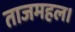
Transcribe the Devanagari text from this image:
ताजमहल।